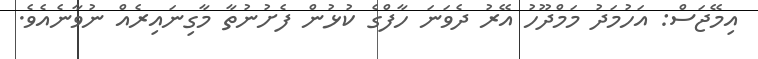
އިމޭޖަސް: އަހުމަދު މަމްދޫހު އޭރު ދެވަނަ ހާފްގެ ކުޅުން ފެށުނުތާ މާގިނައިރެއް ނުވާނެއެވެ.